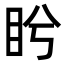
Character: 盻